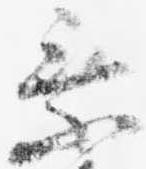
乗